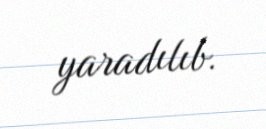
yaradılıb.